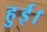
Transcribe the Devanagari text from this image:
हुुुुई।